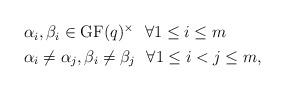
LaTeX: \begin{align*}\begin{aligned}&\alpha_i, \beta_i \in \mathrm{GF}(q)^\times~~\forall 1 \leq i \leq m \\&\alpha_i \neq \alpha_j, \beta_i \neq \beta_j~~\forall 1 \leq i < j \leq m,\end{aligned}\end{align*}